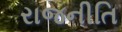
રાજનીતિ